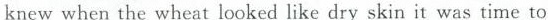
knew when the wheat looked like dry skin it was time to